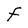
Character: F